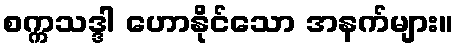
စက္ကသဒ္ဒါ ဟောနိုင်သော အနက်များ။